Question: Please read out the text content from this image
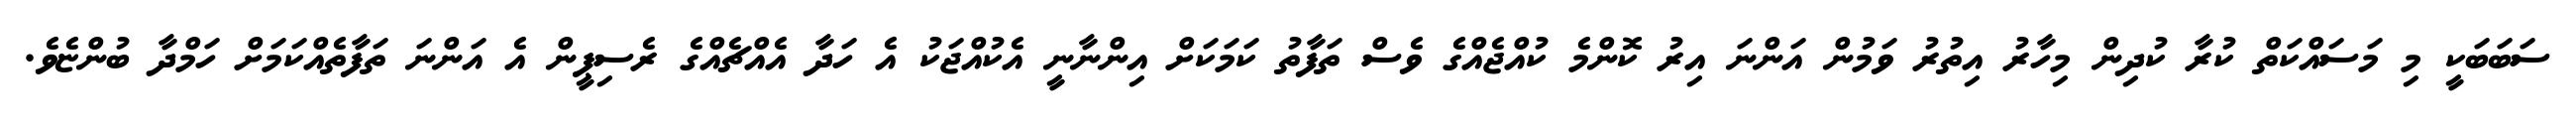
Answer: ސަބަބަކީ މި މަސައްކަތް ކުރާ ކުދިން މިހާރު އިތުރު ވަމުން އަންނަ އިރު ކޮންމެ ކުއްޖެއްގެ ވެސް ތަފާތު ކަމަކަށް އިންނާނީ އެކުއްޖަކު އެ ހަދާ އެއްޗެއްގެ ރެސިޕީން އެ އަންނަ ތަފާތެއްކަމަށް ހަމްދާ ބުންޏެވެ.